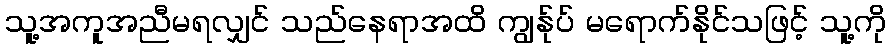
သူ့အကူအညီမရလျှင် သည်နေရာအထိ ကျွန်ုပ် မရောက်နိုင်သဖြင့် သူ့ကို